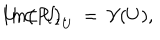
LaTeX: I m \big ( P _ { \iota } \big ) _ { U } \: = \: { \cal V } ( U ) , \hspace { 0 . 7 c m } U \subset U _ { \iota } .